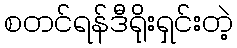
စတင်ရန်ဒီရိုးရှင်းတဲ့